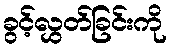
ခွင့်လွှတ်ခြင်းကို